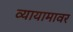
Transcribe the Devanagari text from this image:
व्यायामावर